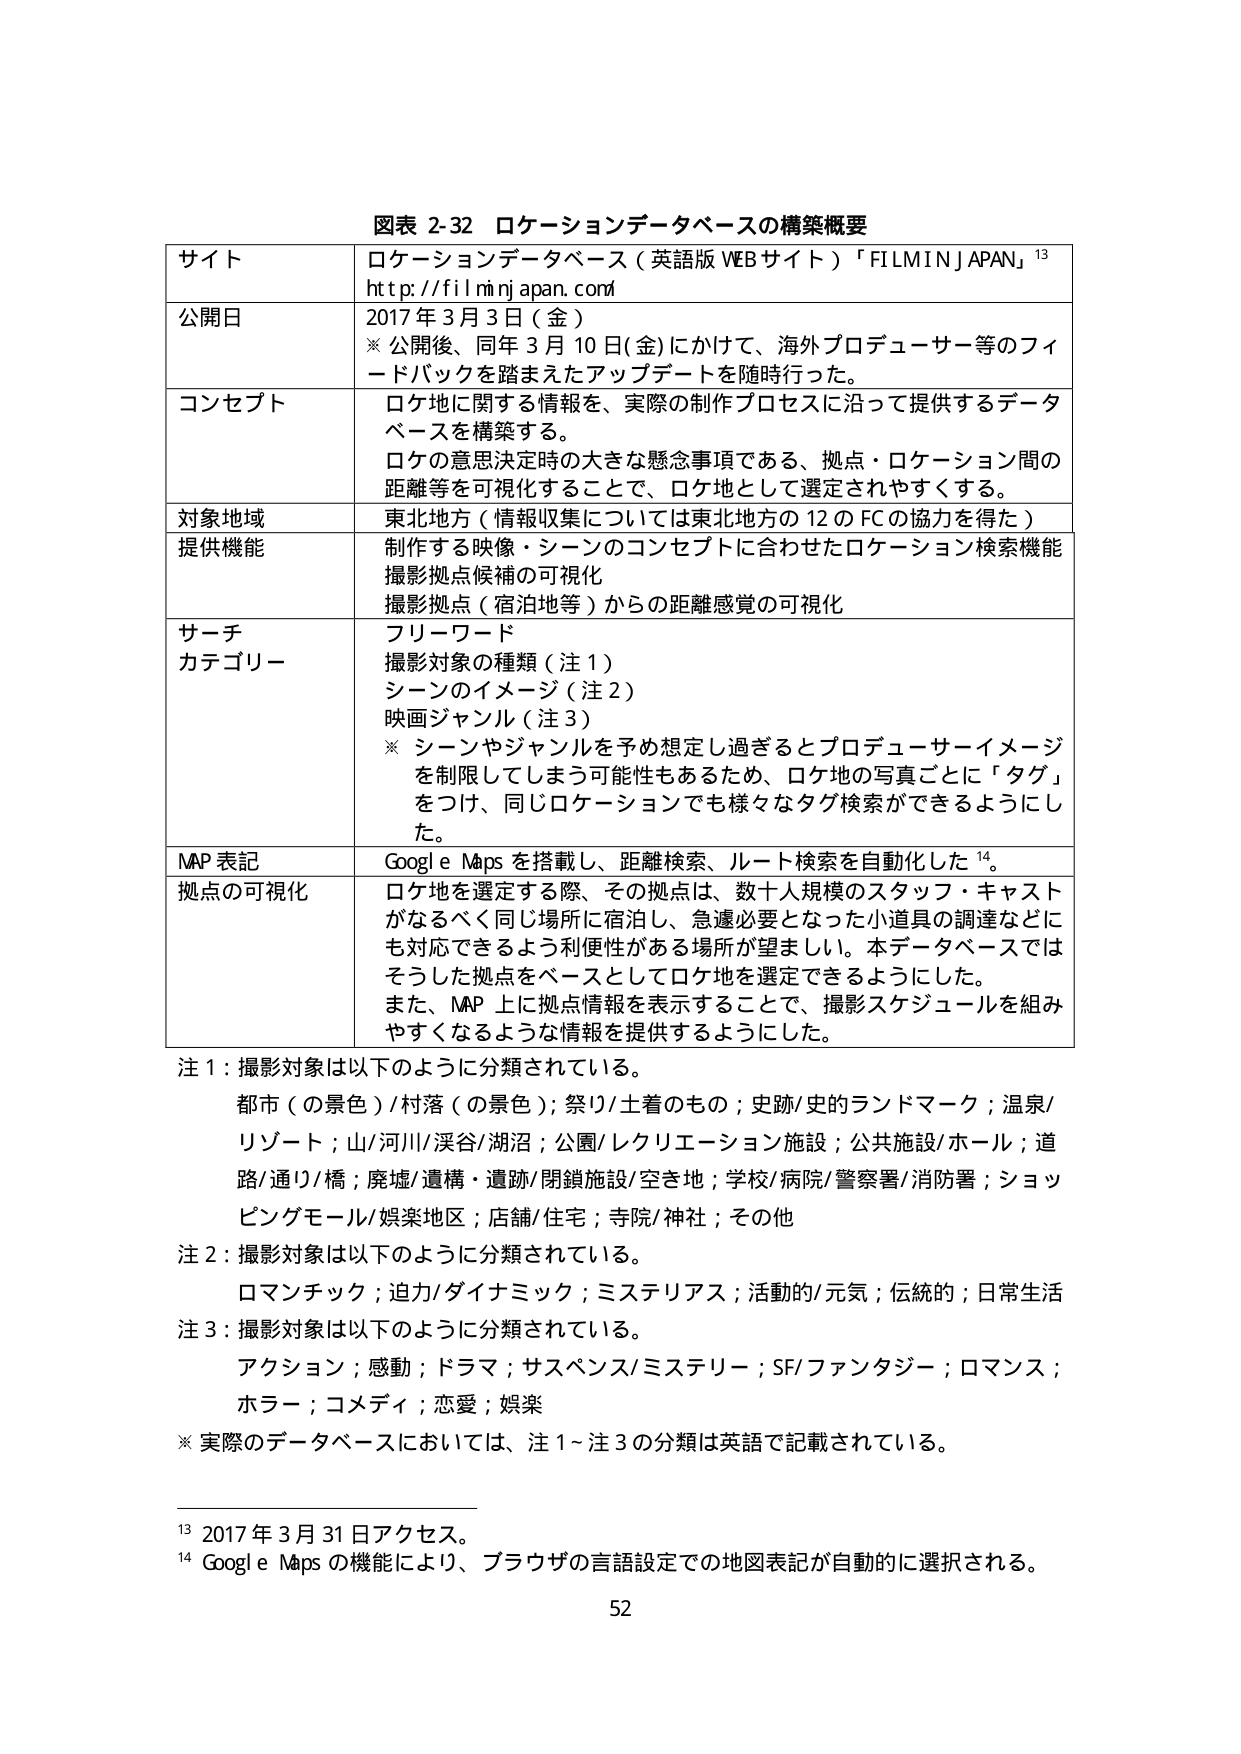
図表 2-32 ロケーションデータベースの構築概要

サイト ロケーションデータベース（英語版 WEB サイト）「FILMIN JAPAN」¹³
http://filminjapan.com

公開日 2017 年 3 月 3 日（金）
※ 公開後、同年 3 月 10 日（金）にかけて、海外プロデューサー等のフィードバックを踏まえたアップデートを随時行った。

コンセプト ロケ地に関する情報を、実際の制作プロセスに沿って提供するデータベースを構築する。
ロケの意思決定時の大きな懸念事項である、拠点・ロケーション間の距離等を可視化することで、ロケ地として選定されやすくする。

対象地域 東北地方（情報収集については東北地方の 12 の FC の協力を得た）

提供機能 制作する映像・シーンのコンセプトに合わせたロケーション検索機能
撮影拠点候補の可視化
撮影拠点（宿泊地等）からの距離感覚の可視化

サーチ カテゴリー フリーワード
撮影対象の種類（注 1）
シーンのイメージ（注 2）
映画ジャンル（注 3）
※ シーンやジャンルを予め想定し過ぎるとプロデューサーイメージを制限してしまう可能性もあるため、ロケ地の写真ごとに「タグ」をつけ、同じロケーションでも様々なタグ検索ができるようにした。

MAP 表記 Google Maps を搭載し、距離検索、ルート検索を自動化した¹⁴。

拠点の可視化 ロケ地を選定する際、その拠点は、数十人規模のスタッフ・キャストがなるべく同じ場所に宿泊し、急遽必要となった小道具の調達などにも対応できるよう利便性がある場所が望ましい。本データベースではそうした拠点をベースとしてロケ地を選定できるようにした。
また、MAP 上に拠点情報を表示することで、撮影スケジュールを組みやすくなるような情報を提供するようにした。

注 1：撮影対象は以下のように分類されている。
都市（の景色）/村落（の景色）；祭り/土着のもの；史跡/史的ランドマーク；温泉/リゾート；山/河川/渓谷/湖沼；公園/レクリエーション施設；公共施設/ホール；道路/通り/橋；廃墟/遺構・遺跡/閉鎖施設/空き地；学校/病院/警察署/消防署；ショッピングモール/娯楽地区；店舗/住宅；寺院/神社；その他

注 2：撮影対象は以下のように分類されている。
ロマンチック；迫力/ダイナミック；ミステリアス；活動的/元気；伝統的；日常生活

注 3：撮影対象は以下のように分類されている。
アクション；感動；ドラマ；サスペンス/ミステリー；SF/ファンタジー；ロマンス；ホラー；コメディ；恋愛；娯楽

※ 実際のデータベースにおいては、注 1～注 3 の分類は英語で記載されている。

¹³ 2017 年 3 月 31 日アクセス。
¹⁴ Google Maps の機能により、ブラウザの言語設定での地図表記が自動的に選択される。

52